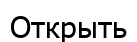
Открыть